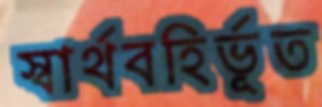
স্বার্থবহির্ভূত